Scottish Leaving Certificate Examination, 1955
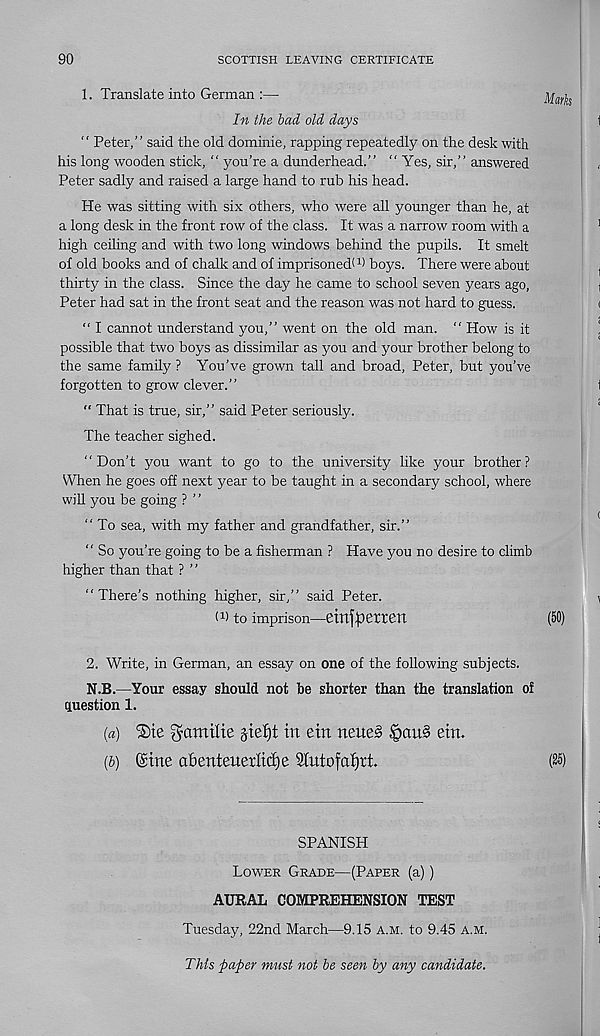
90
SCOTTISH LEAVING CERTIFICATE
1. Translate into German :—
In the lad old days
“ Peter,” said the old dominie, rapping repeatedly on the desk with
his long wooden stick, “ you’re a dunderhead.” “ Yes, sir,” answered
Peter sadly and raised a large hand to rub his head.
He was sitting with six others, who were all younger than he, at
a long desk in the front row of the class. It was a narrow room with a
high ceiling and with two long windows behind the pupils. It smelt
of old books and of chalk and of imprisoned! 1 ) boys. There were about
thirty in the class. Since the day he came to school seven years ago,
Peter had sat in the front seat and the reason was not hard to guess.
“ I cannot understand j^ou,” went on the old man. “ How is it
possible that two boys as dissimilar as you and your brother belong to
the same family? You’ve grown tall and broad, Peter, but you’ve
forgotten to grow clever.”
“ That is true, sir,” said Peter seriously.
The teacher sighed.
“Don’t you want to go to the university like your brother?
When he goes off next year to be taught in a secondary school, where
will you be going ? ’ ’
“To sea, with my father and grandfather, sir.”
" So you’re going to be a fisherman ? Have you no desire to climb
higher than that ? ”
"There’s nothing higher, sir,” said Peter.
I 1 ) to imprison—etTlfpetr6tl
2. Write, in German, an essay on one of the following subjects.
N.B.—Your essay should not be shorter than the translation of
question 1.
(а) ®te gcimilie jtefjt in ein netted ipcntS ein.
(б) ©me abenteueriicije 3lutofaf)tt.
SPANISH
Lower Grade—(Paper (a))
AURAL COMPREHENSION TEST
Tuesday, 22nd March—9.15 a.m. to 9.45 A.M.
This paper must not be seen by any candidate.